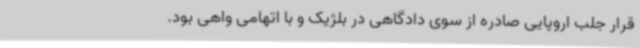
قرار جلب اروپایی صادره از سوی دادگاهی در بلژیک و با اتهامی واهی بود.